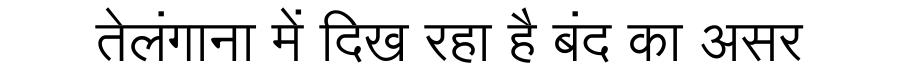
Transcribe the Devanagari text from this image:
तेलंगाना में दिख रहा है बंद का असर